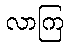
လာကြ